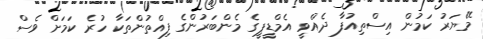
މޭޔަރު ކަމުން އިސްތިއުފާ ދެއްވީ އެމްޑީޕީގެ މެންބަރުންގެ ފިއްތުންތަކާ ހުރެ ކަމަށް ވެސް